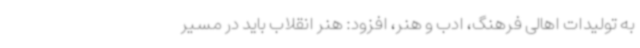
به تولیدات اهالی فرهنگ، ادب و هنر، افزود: هنر انقلاب باید در مسیر